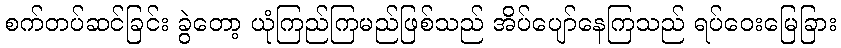
စက်တပ်ဆင်ခြင်း ခွဲတော့ ယုံကြည်ကြမည်ဖြစ်သည် အိပ်ပျော်နေကြသည် ရပ်ဝေးမြေခြား